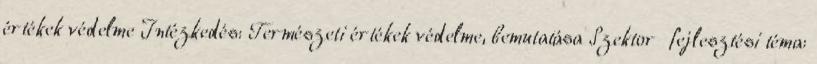
értékek védelme Intézkedés: Természeti értékek védelme, bemutatása Szektor fejlesztési téma: